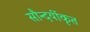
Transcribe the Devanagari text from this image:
सौन्दर्यीकृत